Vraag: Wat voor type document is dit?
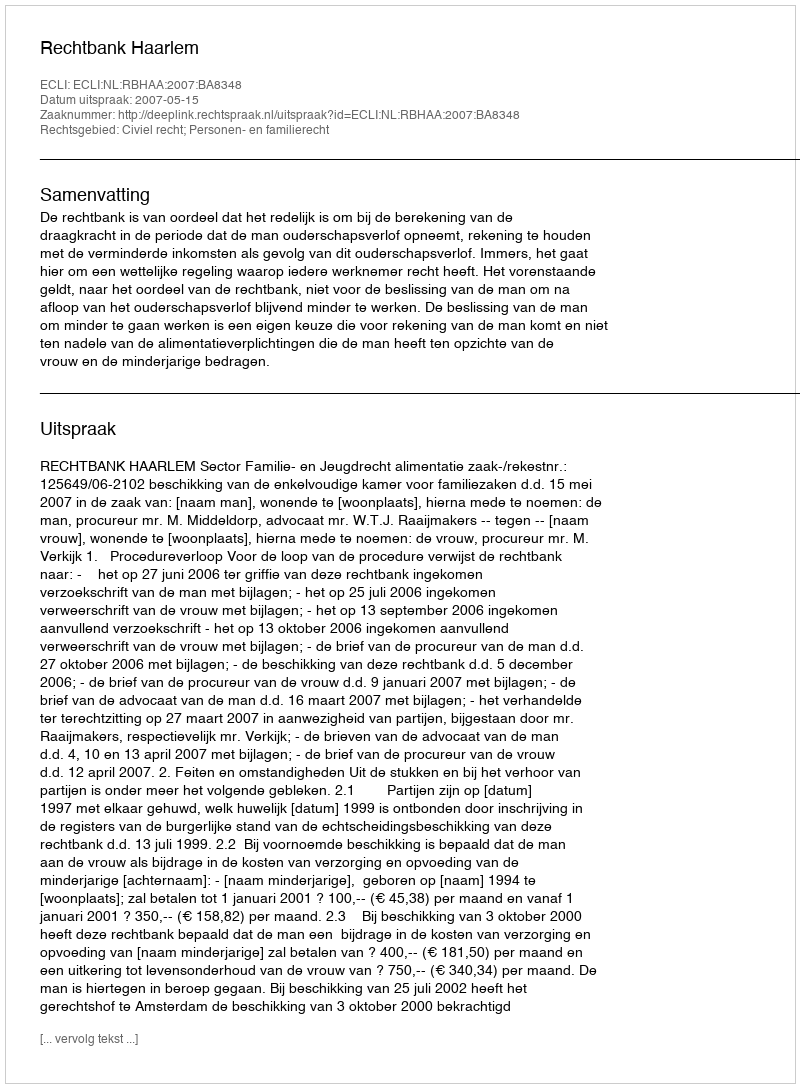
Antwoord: Uitspraak